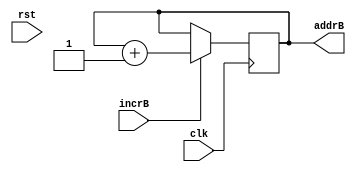
`timescale 1ns / 1ps
module TwoBitCounter(addrB,rst,clk,incrB);
output [1:0] addrB;
input rst;
input clk;
input incrB;

reg [1:0] addrB;

always @ (posedge clk)
begin
if(incrB == 1)
addrB <= addrB+1;
end
initial
begin
addrB <= 2'b00;
end
endmodule